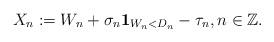
LaTeX: \begin{align*} X_{n} := W_{n} + \sigma_{n}\mathbf{1}_{W_{n} < D_{n}} - \tau_{n}, n \in \mathbb{Z}.\end{align*}